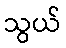
သွယ်